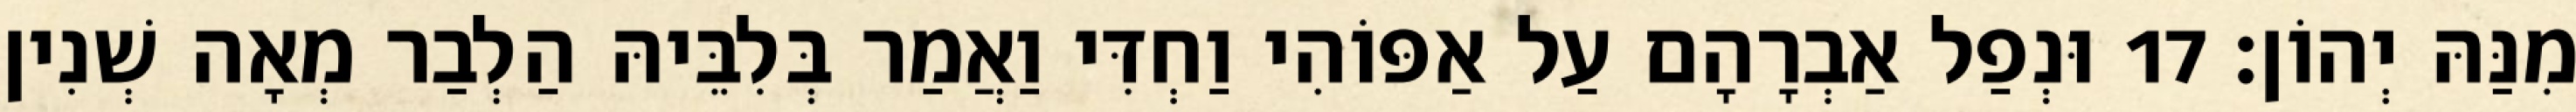
מִנַּהּ יְהוֹן׃ 17 וּנְפַל אַבְרָהָם עַל אַפּוֹהִי וַחְדִּי וַאֲמַר בְּלִבֵּיהּ הַלְבַר מְאָה שְׁנִין